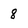
Character: 8